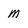
Character: m